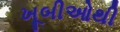
ખૂબીઓથી